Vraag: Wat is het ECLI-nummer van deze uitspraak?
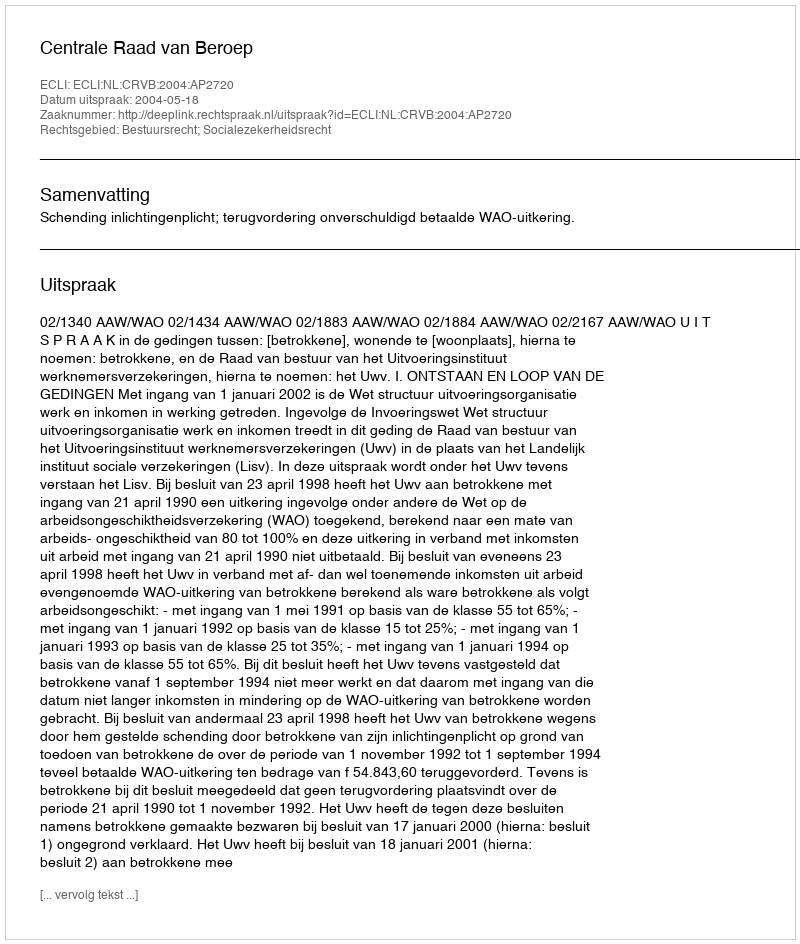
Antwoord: ECLI:NL:CRVB:2004:AP2720